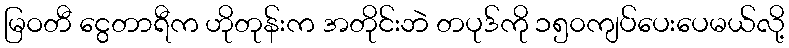
မြဝတီ ငွေတာရီက ဟိုတုန်းက အတိုင်းဘဲ တပုဒ်ကို ၁၅၀ကျပ်ပေးပေမယ်လို့